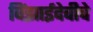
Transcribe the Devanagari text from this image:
विंझाईदेवीचे